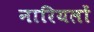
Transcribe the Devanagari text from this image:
नारियलों